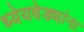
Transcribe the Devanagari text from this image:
ध्येयवेड्यांना